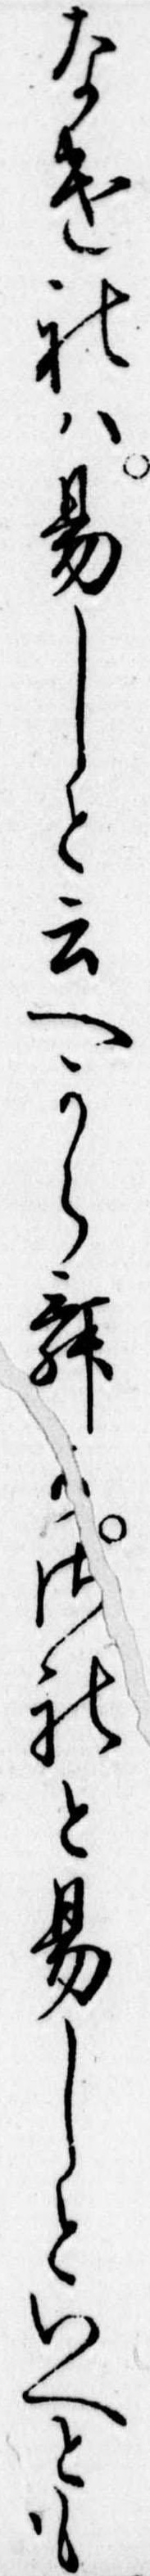
なけれは易しと云へからむかされと易しといへとも